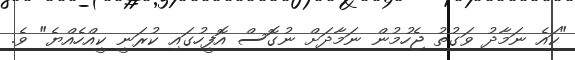
"ކައެ ނަމާދު ވަގުތު ޖެހުމުން ނަމާދަށް ނުގޮސް އޮފީހުގައި ކުރަނީ ކީއްހެއްޔެ" ވެ.